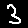
Digit: 3